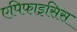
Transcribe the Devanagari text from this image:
एपिफाइसिस